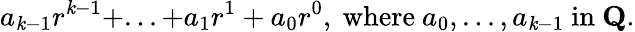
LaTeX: a_{\mathit{k}-1}r^{\mathit{k}-1}+...+a_{1}r^{1}+a_{0}r^{0},{\mathrm{{~where~}}}a_{0},...,a_{\mathit{k}-1}{\mathrm{{~in~}}}\mathbf{{Q}}.